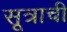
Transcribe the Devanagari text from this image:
सूत्राची